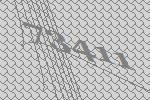
73411